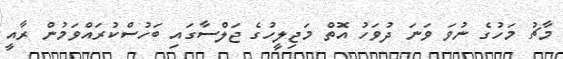
މާޗު މަހުގެ ނުވަ ވަނަ ދުވަހު އޮތް މަޖިލީހުގެ ޖަލްސާގައި ބަހުސްކުރައްވަމުން ރާއީ